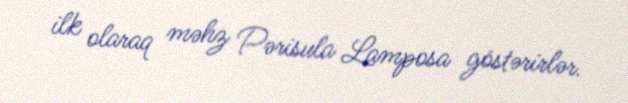
ilk olaraq məhz Pərisula Lamposa göstərirlər.